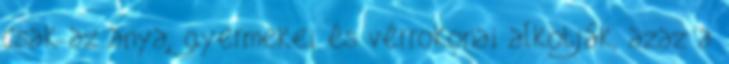
csak az anya, gyermekei és vérrokonai alkotják, azaz a